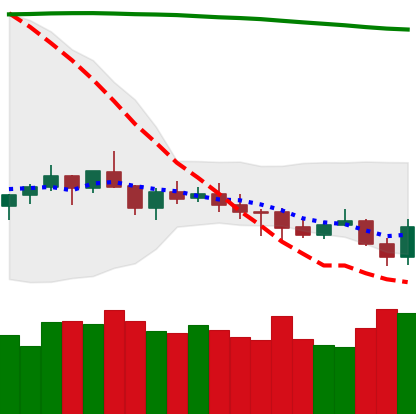
Ticker: XMR-USD
Chart end date: 2021-07-21
Forward return: 11.253%
Label: up_7plus